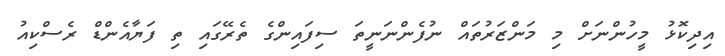
އިދިކޮޅު މީހުންނަށް މި މަންޒަރުތައް ނުފެންނަނީތަ ސިފައިންގެ ތެރޭގައި ތި ފަޔާއެންޑް ރެސްކިއު